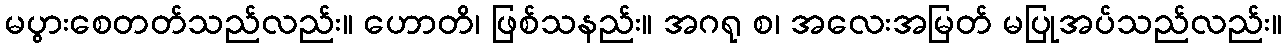
မပွားစေတတ်သည်လည်း။ ဟောတိ၊ ဖြစ်သနည်း။ အဂရု စ၊ အလေးအမြတ် မပြုအပ်သည်လည်း။